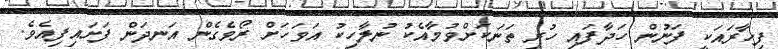
ފިހާރައަކީ ފަނުން ހަދާފައި ހުރި ތަނަކަށްވުމާއެކު ނުލާހިކު އަވަހަށް ރޯވެގެން އަނދަން ފަށައިފިއެވެ.